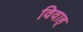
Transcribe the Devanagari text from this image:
विवाह्